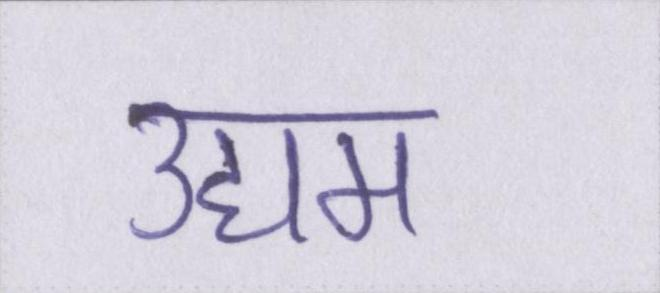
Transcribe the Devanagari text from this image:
उद्यम